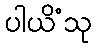
ပါယိံသု